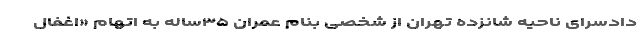
دادسرای ناحیه شانزده تهران از شخصی بنام عمران ۳۵ساله به اتهام «اغفال